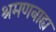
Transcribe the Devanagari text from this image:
श्रमणबाह्य